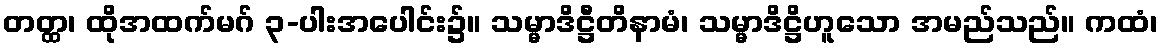
တတ္ထ၊ ထိုအထက်မဂ် ၃-ပါးအပေါင်း၌။ သမ္မာဒိဋ္ဌီတိနာမံ၊ သမ္မာဒိဋ္ဌိဟူသော အမည်သည်။ ကထံ၊